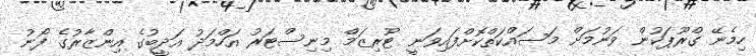
ހިމެނޭ ގްރޫޕަކުން ވަނުމަށް މަސައްކަތްކޮށްފައިވަނީ ޓޫރިޒަމް މިނިސްޓަރު އަހްމަދު އަދީބުގެ އިންޒާރުގެ ފޯނު